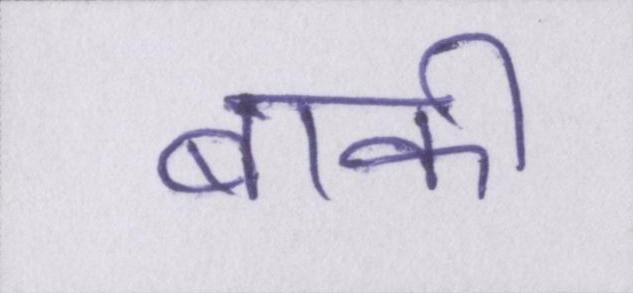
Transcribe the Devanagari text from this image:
बाक़ी